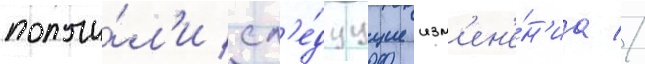
получи́л'и сл'е́дуущие изм'ен'е́н'иа //